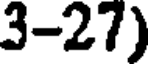
3-27)